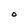
Character: O